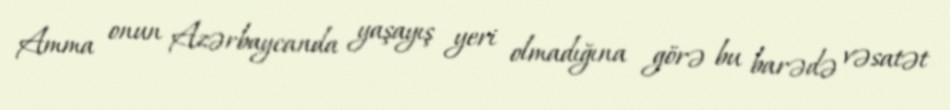
Amma onun Azərbaycanda yaşayış yeri olmadığına görə bu barədə vəsatət